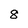
Character: 8